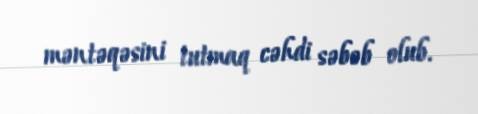
məntəqəsini tutmaq cəhdi səbəb olub.